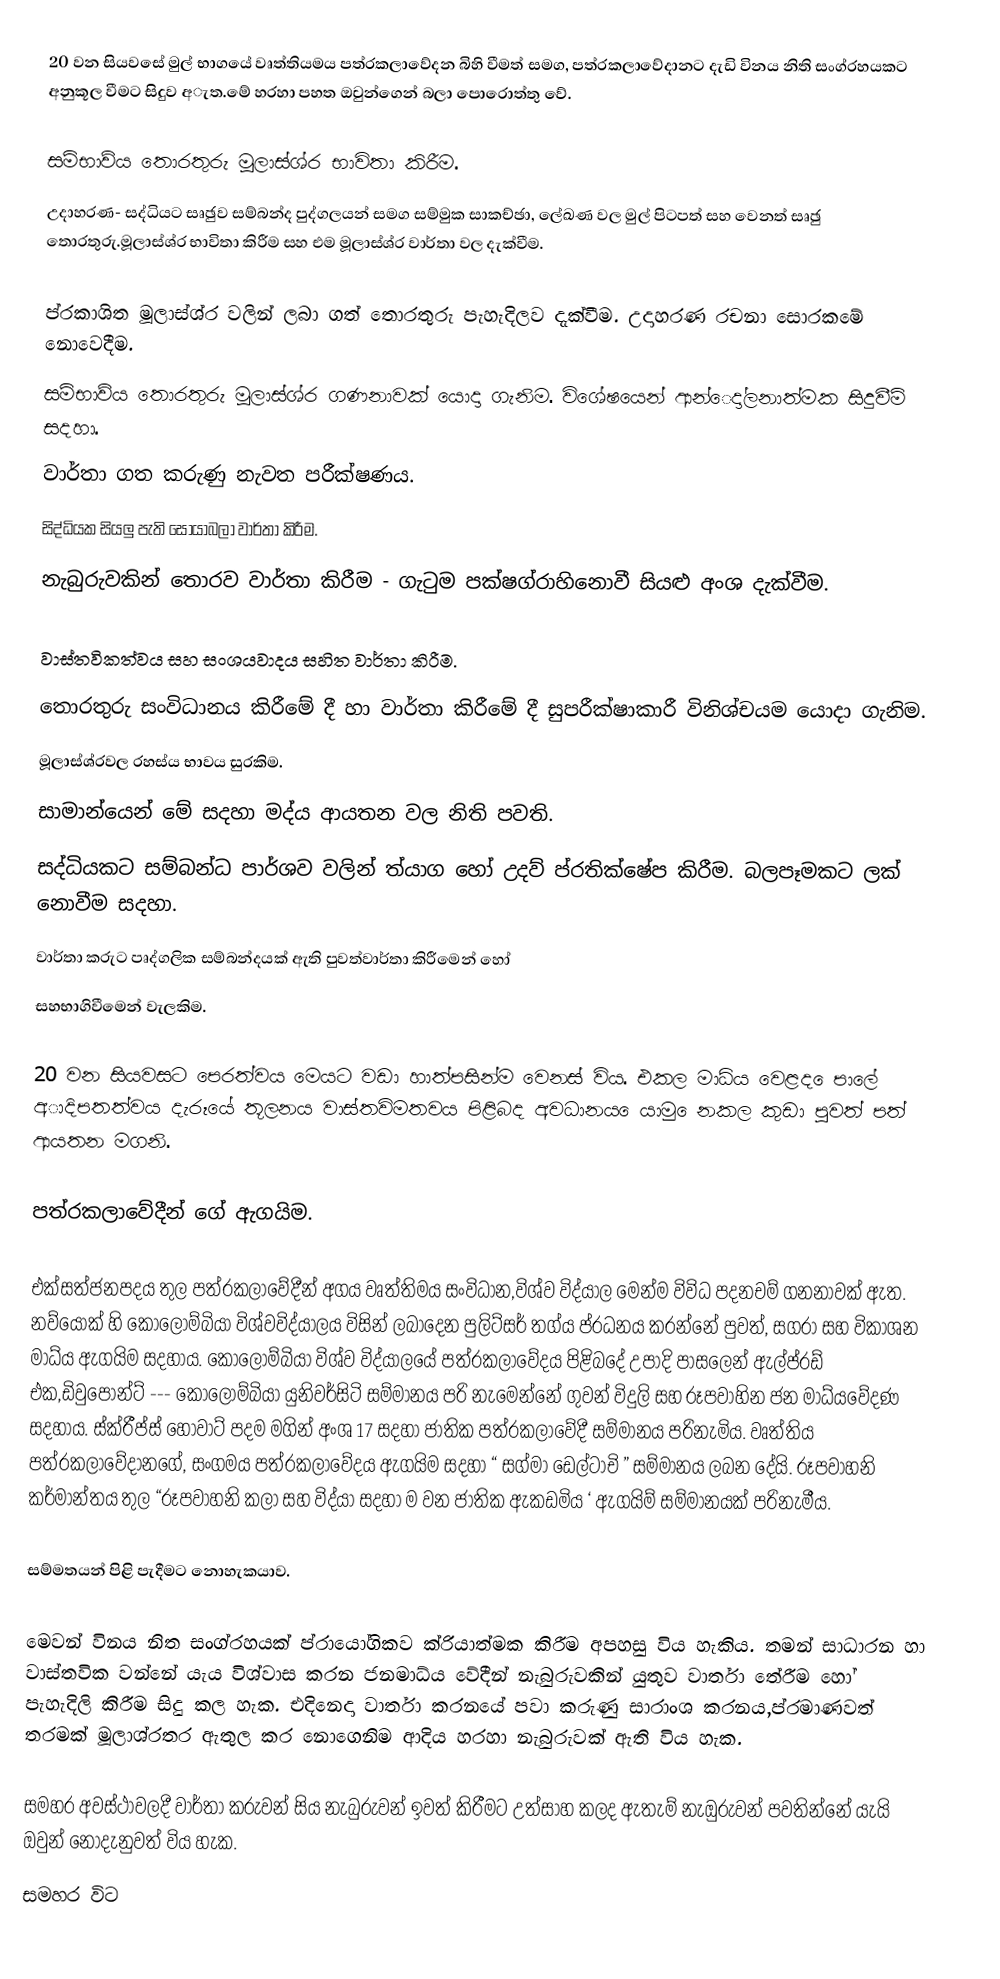
20 වන සියවසේ මුල් භාගයේ වෘත්තියමය පත්රකලාවේදන බිහි වීමත් සමග, පත්රකලාවේදානට දැඩි විනය නිති සංග්රහයකට අනුකූල වීමට සිදුව අැත.මේ හරහා පහත ඔවුන්ගෙන් බලා පොරොත්තු වේ.

  සම්භාව්ය තොරතුරු මූලාස්ශ්ර භාවිතා කිරීම.
උදාහරණ- සද්ධියට සෘඡුව සම්බන්ද පුද්ගලයන් සමග සම්මුක සාකච්ඡා, ලේඛණ වල මුල් පිටපත් සහ වෙනත් සෘඡු තොරතුරු.මූලාස්ශ්ර භාවිතා කිරීම සහ එම මූලාස්ශ්ර වාර්තා වල දැක්වීම.

ප්රකාශිත  මූලාස්ශ්ර වලින් ලබා ගත් තොරතුරු පැහැදිලව දැක්වීම. උදාහරණ රචනා සොරකමේ නොවෙදීම.
 සම්භාව්ය තොරතුරු මූලාස්ශ්ර ගණනාවක් යොදා ගැනිම. විශේෂයෙන් ආන්ෙදා්ලනාත්මක සිදුවීම් සදහා.
 වාර්තා ගත කරුණු නැවත පරීක්ෂණය.
 සිද්ධියක සියලු පැති සොයාබලා වාර්තා කිරීම.
නැබුරුවකින් තොරව වාර්තා කිරීම - ගැටුම පක්ෂග්රාහිනොවී සියළු අංශ දැක්වීම.

වාස්තවිකත්වය සහ සංශයවාදය සහිත වාර්තා කිරීම.
 තොරතුරු සංවිධානය කිරීමේ දී හා වාර්තා කිරීමේ දී සුපරීක්ෂාකාරී විනිශ්චයම යොදා ගැනිම.
 මූලාස්ශ්රවල රහස්ය භාවය සුරකිම.
  සාමාන්යෙන් මේ සදහා මද්ය ආයතන වල නිති පවති.
 සද්ධියකට සම්බන්ධ පාර්ශව වලින් ත්යාග හෝ උදව් ප්රතික්ෂේප කිරීම. බලපෑමකට ලක් නොවීම සදහා.
 වාර්තා කරුට පෘද්ගලික සම්බන්දයක් ඇති පුවත්වාර්තා කිරීමෙන් හෝ
සහභාගිවීමෙන් වැලකිම.

  20 වන සියවසට පෙරත්වය මෙයට වඩා හාත්පසින්ම වෙනස් විය. එකල මාධ්ය වෙළද ෙපාලේ අාදිපතත්වය දැරූයේ තූලනය වාස්තවිමතවය පිළිබද අවධානය ෙයාමු ෙනකල කුඩා පුවත් පත් ආයතන මගනි.

පත්රකලාවේදීන් ගේ ඇගයිම.

එක්සත්ජනපදය තුල පත්රකලාවේදීන් අගය  වෘත්තිමය සංවිධාන,විශ්ව විද්යාල මෙන්ම විවිධ පදනචම් ගනනාවක්  ඇත. නව්යෝක් හි කොලොම්බියා විශ්වවිද්යාලය විසින් ලබාදෙන පුලිට්සර් තග්ය ප්රධනය කරන්නේ පුවත්, සගරා  සහ විකාශන මාධ්ය ඇගයිම සදහාය. කොලොම්බියා විශ්ව විද්යාලයේ පත්රකලාවේදය පිළිබදේ උපාදි පාසලෙන් ඇල්ප්රඩ් එක,ඩිවුපෝන්ට් --- කොලොම්බියා යුනිවර්සිටි සම්මානය පරි නැමෙන්නේ ගුවන් විදුලි සහ රූපවාහින ජන මාධ්යවේදණ සදහාය.  ස්ක්රීප්ස් හෝවාට් පදම මගින් අංශ 17 සදහා ජාතික පත්රකලාවේදී සම්මානය පරිනැමිය. වෘත්තිය පත්රකලාවේදානගේ, සංගමය පත්රකලාවේදය ඇගයිම සදහා “ සග්මා ඩෙල්ටාචි ”  සම්මානය ලබන දේයි.  රූපවාහනි කර්මාන්තය තුල “රූපවාහනි කලා සහ විද්යා සදහා ම වන ජාතික ඇකඩමිය ‘ ඇගයිම් සම්මානයක් පරිනැමීය.

සම්මතයන් පිළි පැදීමට නොහැකයාව.

මෙවන් විනය නිත සංග්රහයක් ප්රායෝගිකව ක්රියාත්මක කිරීම අපහසු විය හැකිය. තමන් සාධාරන හා වාස්තවික වන්නේ යැය විශ්වාස කරන ජනමාධ්ය වේදීන් නැබුරුවකින් යුතුව වාර්තා තේරීම හෝ පැහැදිලි කිරීම සිදු කල හැක. එදිනෙදා වාර්තා කරනයේ පවා කරුණු සාරාංශ කරනය,ප්රමාණවත් තරමක් මූලාශ්රතර ඇතුල කර නොගෙනිම ආදිය හරහා නැබුරුවක් ඇති විය හැක.

සමහර අවස්ථාවලදී වාර්තා කරුවන් සිය නැබුරුවන් ඉවත් කිරීමට උත්සාහ කලද ඇතැම් නැඔුරුවන් පවතින්නේ යැයි ඔවුන් නොදැනුවත් විය හැක.
සමහර විට